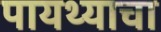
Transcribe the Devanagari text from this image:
पायथ्याचा